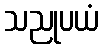
သညုပယံ